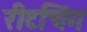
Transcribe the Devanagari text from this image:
रीटचिंग